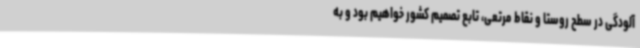
آلودگی در سطح روستا و نقاط مرتعی، تابع تصمیم کشور خواهیم بود و به